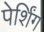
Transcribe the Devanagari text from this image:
पेर्शिंग